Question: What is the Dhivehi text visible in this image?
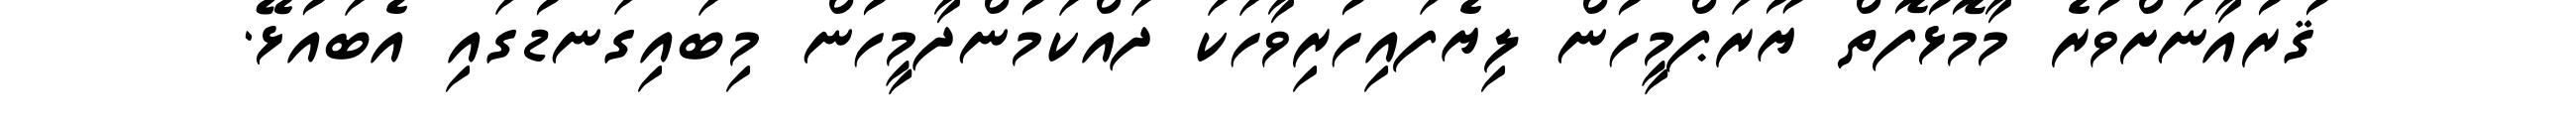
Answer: ޤުރުއާނަށްވުރެ މާމޮޅުފޮތް ޔޫރަޕްމީހުން ލިޔެފައިހުރިވާހަކަ ދައްކަމުންދާމީހުން މިބައިގަނޑުގައި އެބައުޅޭ.